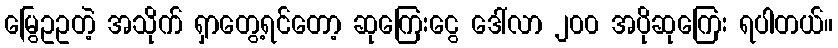
မြွေဥဥတဲ့ အသိုက် ရှာတွေ့ရင်တော့ ဆုကြေးငွေ ဒေါ်လာ ၂၀၀ အပိုဆုကြေး ရပါတယ်။